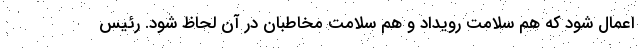
اعمال شود که هم سلامت رویداد و هم سلامت مخاطبان در آن لحاظ شود. رئیس